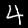
Digit: 4